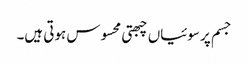
جسم پر سوئیاں چبھتی محسوس ہوتی ہیں۔